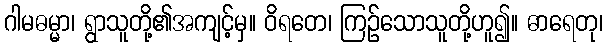
ဂါမဓမ္မာ၊ ရွာသူတို့၏အကျင့်မှ။ ဝိရတေ၊ ကြဉ်သောသူတို့ဟူ၍။ ဓာရေတု၊